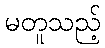
မတူသည့်